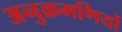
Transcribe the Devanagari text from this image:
अनुक्रमणियों